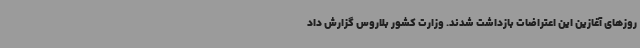
روزهای آغازین این اعتراضات بازداشت شدند. وزارت کشور بلاروس گزارش داد